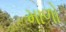
માળો